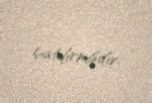
çatdırmışdır.